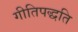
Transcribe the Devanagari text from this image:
गीतिपद्धति